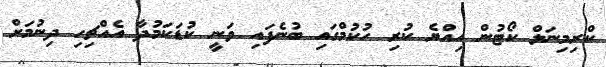
ކްރިމިނަލް ކޯޓުން އިއްޔެ ކުރި ހުކުމްގައި ބުނެފައި ވަނީ ކުޑަކަމުދާ އެއްޗިހި ދިނުމަށް